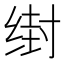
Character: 𰬭